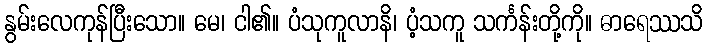
နွမ်းလေကုန်ပြီးသော။ မေ၊ ငါ၏။ ပံသုကူလာနိ၊ ပံ့သကူ သင်္ကန်းတို့ကို။ ဓာရေဿသိ